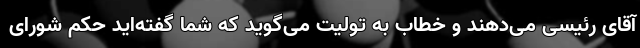
آقای رئیسی می‌دهند و خطاب به تولیت می‌گوید که شما گفته‌اید حکم شورای